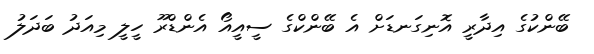
ބޭންކުގެ އިދާރީ އޮނިގަނޑަށް އެ ބޭންކްގެ ސީއީއޯ އެންޑްރޫ ހީލީ މިއަދު ބަދަލު